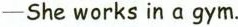
—She works in a gym.